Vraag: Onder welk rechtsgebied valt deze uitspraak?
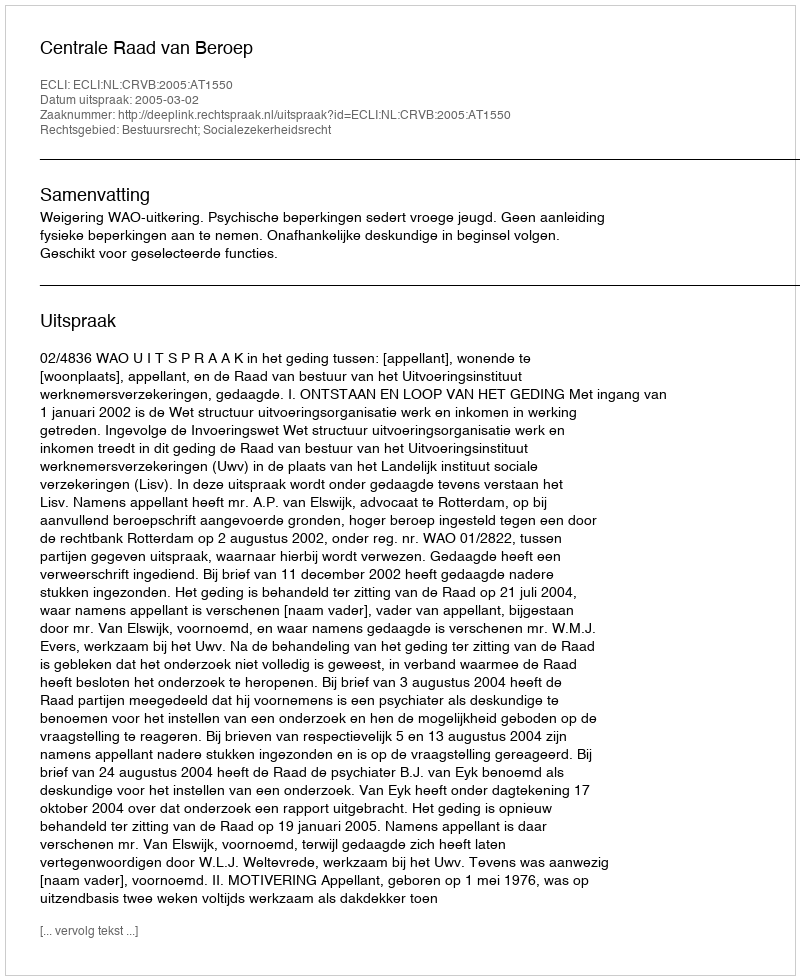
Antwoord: Bestuursrecht; Socialezekerheidsrecht